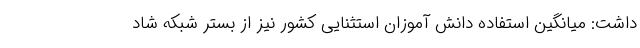
داشت: میانگین استفاده دانش آموزان استثنایی کشور نیز از بستر شبکه شاد